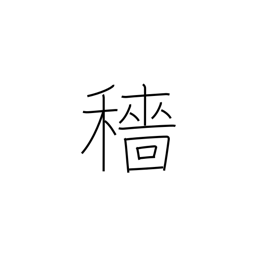
Meaning: harvest